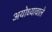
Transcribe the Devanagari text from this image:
अयोध्यावाले